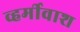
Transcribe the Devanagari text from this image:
व्हर्मीवाश